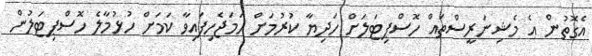
އެގޮތުން އެ މެޝިނަރީސްތައް ހޮސްޕިޓަލަށް ހަދިޔާ ކުރުމަށް ހަމަޖެހިފައިވާ ކަމަށް ހުޅުމާލެ ހޮސްޕިޓަލުން